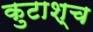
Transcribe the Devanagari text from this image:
कुटाश्च